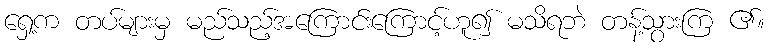
ရှေ့က တပ်များမှ မည်သည့်အကြောင်းကြောင့်ဟူ၍ မသိရဘဲ တန့်သွားကြ ၏။